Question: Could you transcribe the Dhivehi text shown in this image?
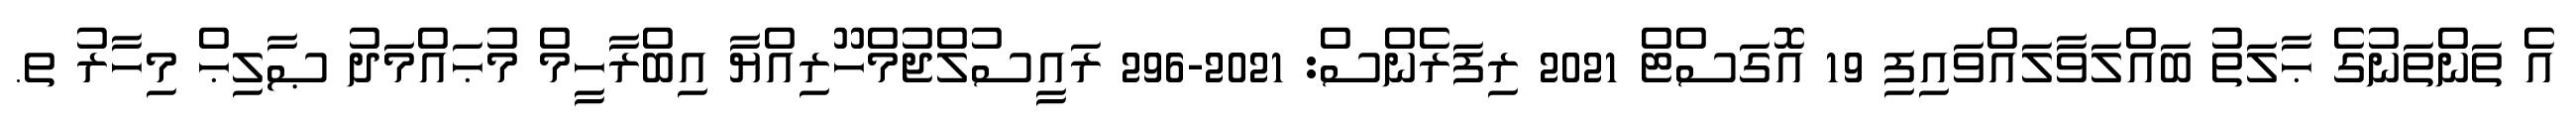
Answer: އެ ތަންތަނުގެ ޙާލަތު ބައްލަވާލައްވައިފި 19 އޮގަސްޓް 2021 ރިފަރެންސް: 2021-296 ރައީސުލްޖުމްހޫރިއްޔާ އިބްރާހީމް މުޙައްމަދު ޞާލިޙް މިހާރު ތ.